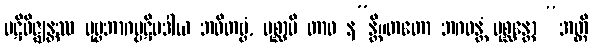
ပဋိဝိဇ္ဈန္တဿ ပုဗ္ဗဘာဂပ္ပဋိပဒါယ ဘဝိတဗ္ဗံ, ပုစ္ဆာမိ တာဝ န”န္တိ။တတော ဘဂဝန္တံ ပုစ္ဆန္တော “အတ္ထိ